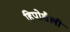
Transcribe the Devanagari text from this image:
हिपोशैली